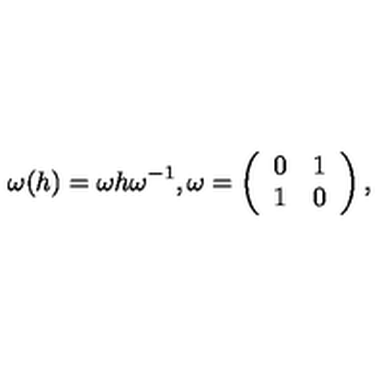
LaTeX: \omega ( h ) = \omega h \omega ^ { - 1 } , \omega = \left( \begin{array} { c c } { 0 } & { 1 } \\ { 1 } & { 0 } \\ \end{array} \right) ,